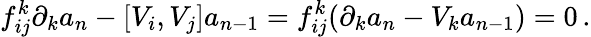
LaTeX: f_{ij}^{k}\partial_{k}a_{n}-[V_{i},V_{j}]a_{n-1}=f_{ij}^{k}(\partial_{k}a_{n}-V_{k}a_{n-1})=0\, .